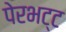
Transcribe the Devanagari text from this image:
पेरभट्ट